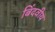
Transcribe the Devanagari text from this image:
बिंदवीय